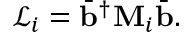
\begin{array} { r } { \mathscr { L } _ { i } = \bar { \mathbf { b } } ^ { \dagger } \mathbf { M } _ { i } \bar { \mathbf { b } } . } \end{array}